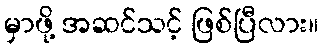
မှာဖို့ အဆင်သင့် ဖြစ်ပြီလား။